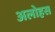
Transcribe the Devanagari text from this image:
अलोहस